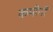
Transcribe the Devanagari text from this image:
कमीनों